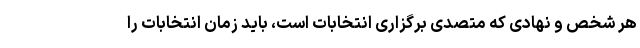
هر شخص و نهادی که متصدی برگزاری انتخابات است، باید زمان انتخابات را